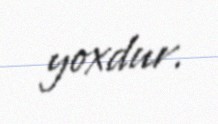
yoxdur.